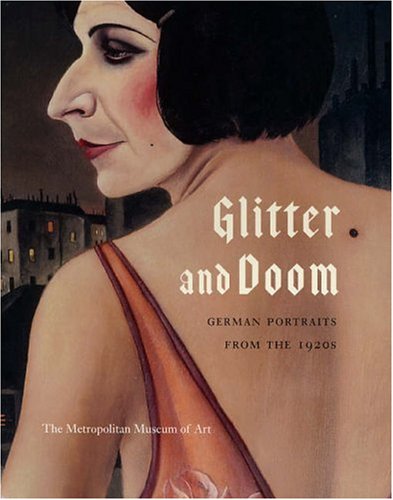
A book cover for Glitter and Doom: German Portraits from the 1920s (Metropolitan Museum of Art); Sabine Rewald; Arts & Photography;